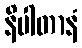
နိပါတာနံ